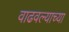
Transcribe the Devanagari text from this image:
वाढवल्याच्या